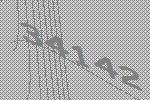
34142